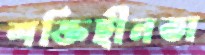
শক্তিহীনতা